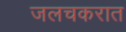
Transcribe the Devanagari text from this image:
जलचकरात